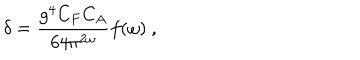
LaTeX: \delta = { \frac { g ^ { 4 } C _ { F } C _ { A } } { 6 4 \pi ^ { 2 \omega } } } f ( \omega ) \ ,